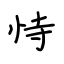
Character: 恃